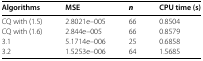
<table><thead><tr><td><b>Algorithms</b></td><td><b>MSE</b></td><td><b><i>n</i></b></td><td><b>CPU time (s)</b></td></tr></thead><tbody><tr><td>CQ with (1.5)</td><td>2.8021e−005</td><td>66</td><td>0.8504</td></tr><tr><td>CQ with (1.6)</td><td>2.844e−005</td><td>66</td><td>0.8579</td></tr><tr><td>3.1</td><td>5.1714e−006</td><td>25</td><td>0.6858</td></tr><tr><td>3.2</td><td>1.5253e−006</td><td>64</td><td>1.5685</td></tr></tbody></table>